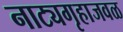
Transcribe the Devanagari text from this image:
नाट्यगृहाजवळ